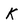
Character: k